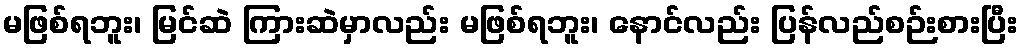
မဖြစ်ရဘူး၊ မြင်ဆဲ ကြားဆဲမှာလည်း မဖြစ်ရဘူး၊ နောင်လည်း ပြန်လည်စဉ်းစားပြီး